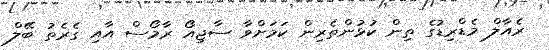
ރެއާލް މެޑްރިޑުގެ ތިން ކުޅުންތެރިން ކަމަށްވާ ސާޖިއޯ ރާމޯސް އާއި ގެރެތު ބޭލް